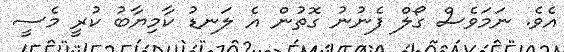
އެވެ. ނަމަވެސް ގޯލް ފެނުނު ގޮތުން އެ ލަނޑު ކާމިޔާބު ކުރީ މެސީ